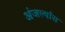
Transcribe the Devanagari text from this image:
अंजर्ल्यास